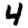
Digit: 4